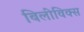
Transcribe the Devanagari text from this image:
बिलीविक्स